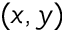
( x , y )